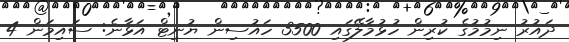
ދައުރު ނިމުމުގެ ކުރިން ހުޅުމާލޭގައި 3500 ހައުސިން ޔުނިޓް އަޅާނެ: ސައިމަން 4